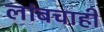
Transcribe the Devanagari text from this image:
लांबचाही